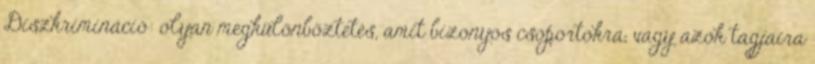
Diszkrimináció: olyan megkülönböztetés, amit bizonyos csoportokra, vagy azok tagjaira